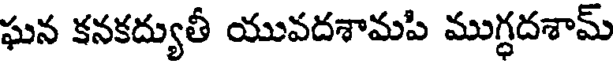
ఘన కనకద్యుతీ యువదశామపి ముగ్ధదశామ్